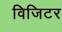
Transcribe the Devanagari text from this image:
विजिटर